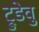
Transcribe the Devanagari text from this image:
ट्रुडेवु